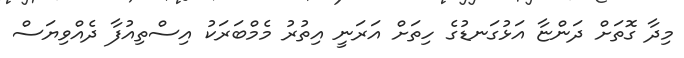
މިދާ ގޮތަށް ދަންޏާ އަޅުގަނޑުގެ ހިތަށް އަރަނީ އިތުރު މެމްބަރަކު އިސްތިއުފާ ދެއްވިޔަސް